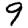
Digit: 9